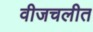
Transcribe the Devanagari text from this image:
वीजचलीत